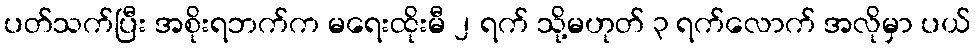
ပတ်သက်ပြီး အစိုးရဘက်က မရေးထိုးမီ ၂ ရက် သို့မဟုတ် ၃ ရက်လောက် အလိုမှာ ပယ်